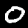
Digit: 0